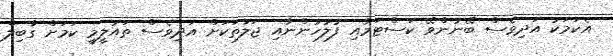
އެކަމަކު އަދިވެސް ބޭނުންވޭ ކަސްޓަމާއި ފުލުހުންނާއި ޖަލުތަކަށް އަދިވެސް ތައުލީމީ ކަމަށް ގާބިލް